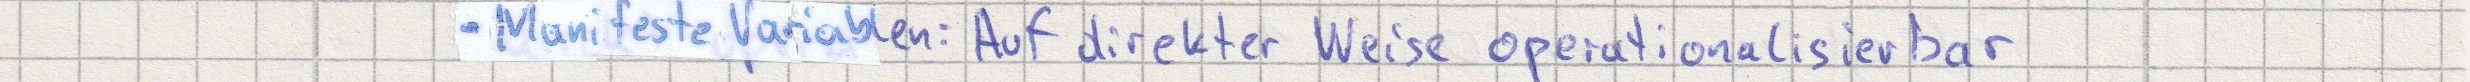
- Manifeste Variablen: Auf direkter Weise operationalisierbar